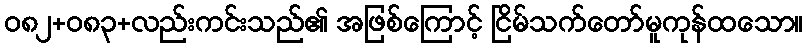
၀၈၂+၀၈၃+လည်းကင်းသည်၏ အဖြစ်ကြောင့် ငြိမ်သက်တော်မူကုန်ထသော။